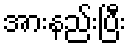
အားနည်းပြီး